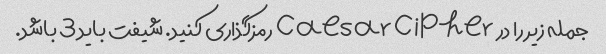
جمله زیر را در Caesar Cipher رمزگذاری کنید. شیفت باید 3 باشد.